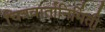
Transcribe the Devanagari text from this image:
चित्रवार्तानिर्मिती